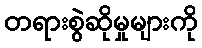
တရားစွဲဆိုမှုများကို